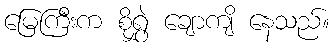
မြေကြီးက စိုရွှဲ ချောကျိ နေသည်။